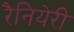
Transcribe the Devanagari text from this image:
रैनियेरी